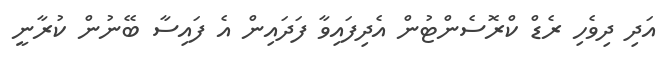
އަދި ދިވެހި ރެޑް ކްރޮސެންޓުން އެދިފައިވާ ފަދައިން އެ ފައިސާ ބޭނުން ކުރާނީ